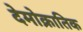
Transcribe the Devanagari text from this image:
देमोक्रातिक